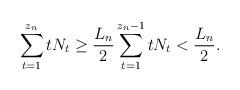
LaTeX: \begin{align*}\sum_{t = 1}^{z_n} tN_t \ge \frac{L_n}{2} \sum_{t = 1}^{z_n - 1} tN_t < \frac{L_n}{2}.\end{align*}